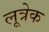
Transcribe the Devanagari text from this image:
लूत्रेक